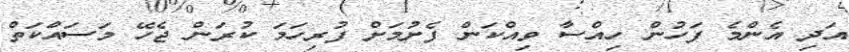
އަދި އެންމެ ފަހުން ހިއްސާ ވިއްކަން ފެށުމަށް ފުރިހަމަ ކުރަން ޖެހޭ މަސައްކަތް